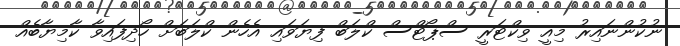
ނުކުންނައިރު މިއީ ވިކްޓަރީ ސްޕޯޓްސް ކްލަބް ފިޔަވައި އެހެން ކްލަބަށް ހޯދިފައިވާ ކާމިޔާބެއް